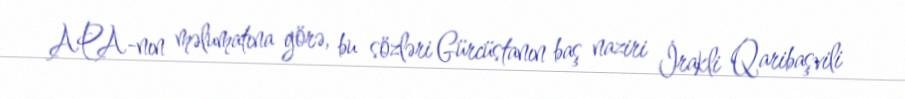
APA-nın məlumatına görə, bu sözləri Gürcüstanın baş naziri İrakli Qaribaşvili